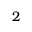
2